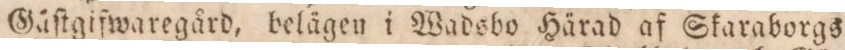
Gäſtgifwaregård, belägen i Wadsbo Härad af Skaraborgs